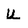
Character: u